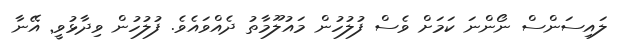
ލައިސަންސް ނޯންނަ ކަމަށް ވެސް ފުލުހުން މައުލޫމާތު ދެއްވައެވެ. ފުލުހުން ވިދާޅުވީ